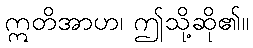
ဣတိအာဟ၊ ဤသို့ဆို၏။